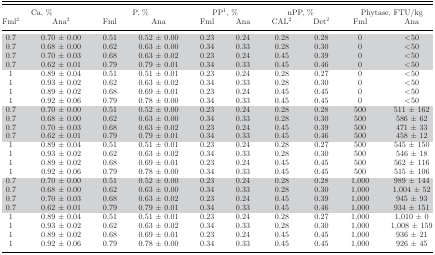
<table><thead><tr><td colspan="2"><b>Ca, %</b></td><td colspan="2"><b>P, %</b></td><td colspan="2"><b>PP<sup>1</sup>, %</b></td><td colspan="2"><b>nPP, %</b></td><td colspan="2"><b>Phytase, FTU/kg</b></td></tr><tr><td><b>Fml<sup>2</sup></b></td><td><b>Ana<sup>2</sup></b></td><td><b>Fml</b></td><td><b>Ana</b></td><td><b>Fml</b></td><td><b>Ana</b></td><td><b>CAL<sup>2</sup></b></td><td><b>Det<sup>2</sup></b></td><td><b>Fml</b></td><td><b>Ana</b></td></tr></thead><tbody><tr><td>0.7</td><td>0.70 ± 0.00</td><td>0.51</td><td>0.52 ± 0.00</td><td>0.23</td><td>0.24</td><td>0.28</td><td>0.28</td><td>0</td><td>&lt;50</td></tr><tr><td>0.7</td><td>0.68 ± 0.00</td><td>0.62</td><td>0.63 ± 0.00</td><td>0.34</td><td>0.33</td><td>0.28</td><td>0.30</td><td>0</td><td>&lt;50</td></tr><tr><td>0.7</td><td>0.70 ± 0.03</td><td>0.68</td><td>0.63 ± 0.02</td><td>0.23</td><td>0.24</td><td>0.45</td><td>0.39</td><td>0</td><td>&lt;50</td></tr><tr><td>0.7</td><td>0.62 ± 0.01</td><td>0.79</td><td>0.79 ± 0.01</td><td>0.34</td><td>0.33</td><td>0.45</td><td>0.46</td><td>0</td><td>&lt;50</td></tr><tr><td>1</td><td>0.89 ± 0.04</td><td>0.51</td><td>0.51 ± 0.01</td><td>0.23</td><td>0.24</td><td>0.28</td><td>0.27</td><td>0</td><td>&lt;50</td></tr><tr><td>1</td><td>0.93 ± 0.02</td><td>0.62</td><td>0.63 ± 0.02</td><td>0.34</td><td>0.33</td><td>0.28</td><td>0.30</td><td>0</td><td>&lt;50</td></tr><tr><td>1</td><td>0.89 ± 0.02</td><td>0.68</td><td>0.69 ± 0.01</td><td>0.23</td><td>0.24</td><td>0.45</td><td>0.45</td><td>0</td><td>&lt;50</td></tr><tr><td>1</td><td>0.92 ± 0.06</td><td>0.79</td><td>0.78 ± 0.00</td><td>0.34</td><td>0.33</td><td>0.45</td><td>0.45</td><td>0</td><td>&lt;50</td></tr><tr><td>0.7</td><td>0.70 ± 0.00</td><td>0.51</td><td>0.52 ± 0.00</td><td>0.23</td><td>0.24</td><td>0.28</td><td>0.28</td><td>500</td><td>511 ± 162</td></tr><tr><td>0.7</td><td>0.68 ± 0.00</td><td>0.62</td><td>0.63 ± 0.00</td><td>0.34</td><td>0.33</td><td>0.28</td><td>0.30</td><td>500</td><td>586 ± 62</td></tr><tr><td>0.7</td><td>0.70 ± 0.03</td><td>0.68</td><td>0.63 ± 0.02</td><td>0.23</td><td>0.24</td><td>0.45</td><td>0.39</td><td>500</td><td>471 ± 33</td></tr><tr><td>0.7</td><td>0.62 ± 0.01</td><td>0.79</td><td>0.79 ± 0.01</td><td>0.34</td><td>0.33</td><td>0.45</td><td>0.46</td><td>500</td><td>458 ± 12</td></tr><tr><td>1</td><td>0.89 ± 0.04</td><td>0.51</td><td>0.51 ± 0.01</td><td>0.23</td><td>0.24</td><td>0.28</td><td>0.27</td><td>500</td><td>545 ± 150</td></tr><tr><td>1</td><td>0.93 ± 0.02</td><td>0.62</td><td>0.63 ± 0.02</td><td>0.34</td><td>0.33</td><td>0.28</td><td>0.30</td><td>500</td><td>546 ± 18</td></tr><tr><td>1</td><td>0.89 ± 0.02</td><td>0.68</td><td>0.69 ± 0.01</td><td>0.23</td><td>0.24</td><td>0.45</td><td>0.45</td><td>500</td><td>562 ± 116</td></tr><tr><td>1</td><td>0.92 ± 0.06</td><td>0.79</td><td>0.78 ± 0.00</td><td>0.34</td><td>0.33</td><td>0.45</td><td>0.45</td><td>500</td><td>515 ± 106</td></tr><tr><td>0.7</td><td>0.70 ± 0.00</td><td>0.51</td><td>0.52 ± 0.00</td><td>0.23</td><td>0.24</td><td>0.28</td><td>0.28</td><td>1,000</td><td>989 ± 144</td></tr><tr><td>0.7</td><td>0.68 ± 0.00</td><td>0.62</td><td>0.63 ± 0.00</td><td>0.34</td><td>0.33</td><td>0.28</td><td>0.30</td><td>1,000</td><td>1,004 ± 52</td></tr><tr><td>0.7</td><td>0.70 ± 0.03</td><td>0.68</td><td>0.63 ± 0.02</td><td>0.23</td><td>0.24</td><td>0.45</td><td>0.39</td><td>1,000</td><td>945 ± 93</td></tr><tr><td>0.7</td><td>0.62 ± 0.01</td><td>0.79</td><td>0.79 ± 0.01</td><td>0.34</td><td>0.33</td><td>0.45</td><td>0.46</td><td>1,000</td><td>934 ± 151</td></tr><tr><td>1</td><td>0.89 ± 0.04</td><td>0.51</td><td>0.51 ± 0.01</td><td>0.23</td><td>0.24</td><td>0.28</td><td>0.27</td><td>1,000</td><td>1,010 ± 0</td></tr><tr><td>1</td><td>0.93 ± 0.02</td><td>0.62</td><td>0.63 ± 0.02</td><td>0.34</td><td>0.33</td><td>0.28</td><td>0.30</td><td>1,000</td><td>1,008 ± 159</td></tr><tr><td>1</td><td>0.89 ± 0.02</td><td>0.68</td><td>0.69 ± 0.01</td><td>0.23</td><td>0.24</td><td>0.45</td><td>0.45</td><td>1,000</td><td>936 ± 21</td></tr><tr><td>1</td><td>0.92 ± 0.06</td><td>0.79</td><td>0.78 ± 0.00</td><td>0.34</td><td>0.33</td><td>0.45</td><td>0.45</td><td>1,000</td><td>926 ± 45</td></tr></tbody></table>